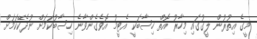
މީގެ އިތުރުން ލީގުގައި މިހާރު އޮތް ހިސާބަކީ އެޓީމު އޮވެގެންވާނެ ހިސާބުކަމަށް ނުދެކޭކަމަށް